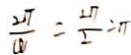
\frac { 2 \pi } { 4 } = \frac { 2 \pi } { 2 } = \pi